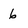
Character: 6